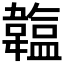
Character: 𩏛